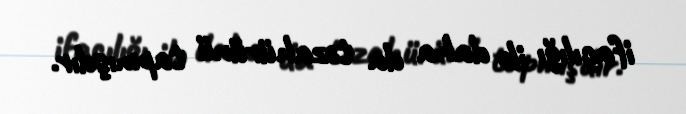
ifaçılığı ilə daha da təzahürünü tapmışdır.